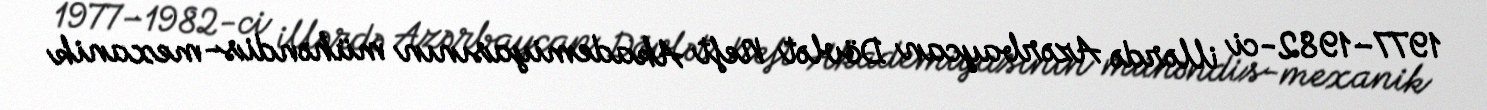
1977–1982-ci illərdə Azərbaycan Dövlət Neft Akademiyasının mühəndis-mexanik